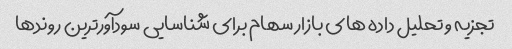
تجزیه و تحلیل داده های بازار سهام برای شناسایی سودآورترین روندها